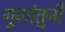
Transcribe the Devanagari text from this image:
गुणांतुनी